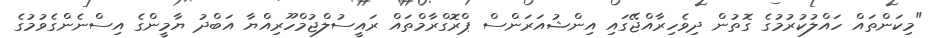
"މިކަންތައް ހައްލުކުރުމުގެ ގޮތުން ދިވެހިރާއްޖޭގައި އިންޝުއަރަންސް ޕްރޮގްރާމްތައް ރައީސުލްޖުމްހޫރިއްޔާ އަބްދު ޔާމީންގެ އިސްނެންގެވުމުގެ